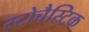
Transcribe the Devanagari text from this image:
स्टोचैस्टिक